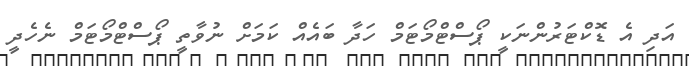
އަދި އެ ޑޮކްޓަރުންނަކީ ޕޯސްޓްމޯޓަމް ހަދާ ބައެއް ކަމަށް ނުވާތީ ޕޯސްޓްމޯޓަމް ނެހެދީ